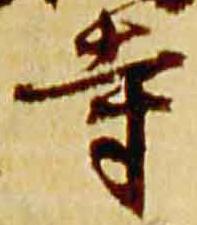
寺